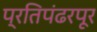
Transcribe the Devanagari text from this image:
प्रतिपंढरपूर